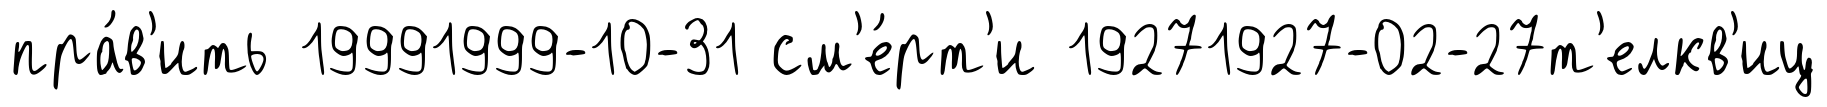
пра́в'ить 19991999-10-31 см'е́рт'и 19271927-02-27т'елкв'иц